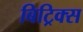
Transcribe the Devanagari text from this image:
बिट्रिक्स